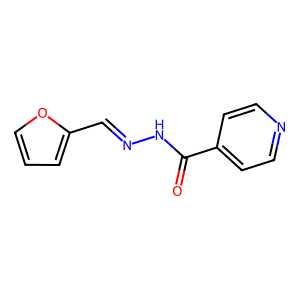
SMILES: O=C(NN=Cc1ccco1)c1ccncc1
Inhibits HIV replication: No